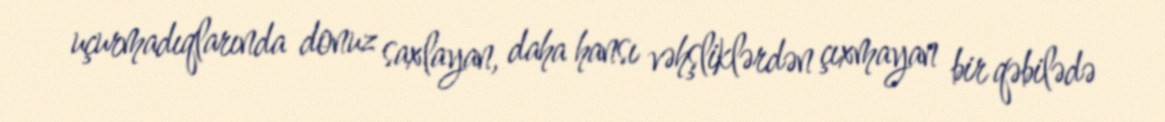
uçurmadıqlarında donuz saxlayan, daha hansı vəhşliklərdən çıxmayan bir qəbilədə